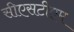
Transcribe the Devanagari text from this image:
सीएसटीएम